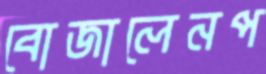
বোজালেনপ